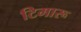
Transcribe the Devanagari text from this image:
टिमारू